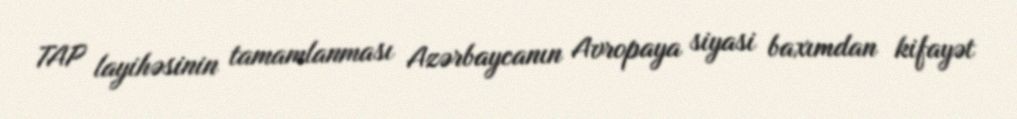
TAP layihəsinin tamamlanması Azərbaycanın Avropaya siyasi baxımdan kifayət